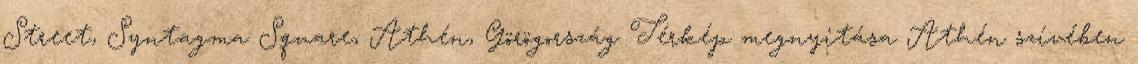
Street, Syntagma Square, Athén, Görögország Térkép megnyitása Athén szívében